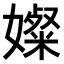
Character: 𫱼